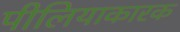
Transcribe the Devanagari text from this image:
पीलियाकारक